Report on the nature of kala-azar
Disease focus: Kala-Azar
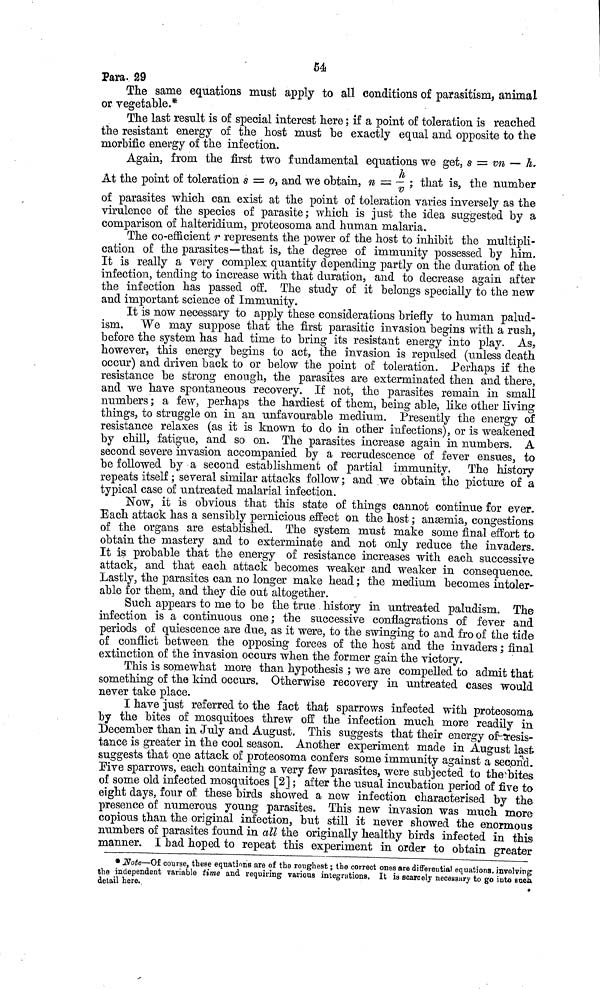
54
Para. 29
The same equations must apply to all conditions of parasitism, animal
or vegetable.*
The last result is of special interest here ; if a point of toleration is reached
the resistant energy of the host must be exactly equal and opposite to the
morbific energy of the infection.
Again, from the first two fundamental equations we get, s = vn — h.
At the point of toleration s = o, and we obtain, n = h/v ; that is, the number
of parasites which can exist at the point of toleration varies inversely as the
virulence of the species of parasite ; which is just the idea suggested by a
comparison of halteridium, proteosoma and human malaria.
The co-efficient r represents the power of the host to inhibit the multipli-
cation of the parasites—that is, the degree of immunity possessed by him.
It is really a very complex quantity depending partly on the duration of the
infection, tending to increase with that duration, and to decrease again after
the infection has passed off. The study of it belongs specially to the new
and important science of Immunity.
It is now necessary to apply these considerations briefly to human palud-
ism. We may suppose that the first parasitic invasion begins with a rush,
before the system has had time to bring its resistant energy into play. As,
however, this energy begins to act, the invasion is repulsed (unless death
occur) and driven back to or below the point of toleration. Perhaps if the
resistance be strong enough, the parasites are exterminated then and there,
and we have spontaneous recovery. If not, the parasites remain in small
numbers ; a few, perhaps the hardiest of them, being able, like other living
things, to struggle on in an unfavourable medium. Presently the energy of
resistance relaxes (as it is known to do in other infections), or is weakened
by chill, fatigue, and so on. The parasites increase again in numbers. A
second severe invasion accompanied by a recrudescence of fever ensues, to
be followed by a second establishment of partial immunity. The history
repeats itself ; several similar attacks follow ; and we obtain the picture of a
typical case of untreated malarial infection.
Now, it is obvious that this state of things cannot continue for ever.
Each attack has a sensibly pernicious effect on the host ; anæmia, congestions
of the organs are established. The system must make some final effort to
obtain the mastery and to exterminate and not only reduce the invaders.
It is probable that the energy of resistance increases with each successive
attack, and that each attack becomes weaker and weaker in consequence.
Lastly, the parasites can no longer make head ; the medium becomes intoler-
able for them, and they die out altogether.
Such appears to me to be the true history in untreated paludism. The
infection is a continuous one ; the successive conflagrations of fever and
periods of quiescence are due, as it were, to the swinging to and fro of the tide
of conflict between the opposing forces of the host and the invaders ; final
extinction of the invasion occurs when the former gain the victory.
This is somewhat more than hypothesis ; we are compelled to admit that
something of the kind occurs. Otherwise recovery in untreated cases would
never take place.
I have just referred to the fact that sparrows infected with proteosoma
by the bites of mosquitoes threw off the infection much more readily in
December than in July and August. This suggests that their energy of-tresis-
tance is greater in the cool season. Another experiment made in August last-
suggests that one attack of proteosoma confers some immunity against a second.
Five sparrows, each containing a very few parasites, were subjected to the bites
of some old infected mosquitoes [2] ; after the usual incubation period of five to
eight days, four of these birds showed a new infection characterised by the
presence of numerous young parasites. This new invasion was much more
copious than the original infection, but still it never showed the enormous
numbers of parasites found in all the originally healthy birds infected in this
manner. I bad hoped to repeat this experiment in order to obtain greater
* Note—Of course, these equations are of the roughest ; the correct ones are differential equations, involving
the independent variable time and requiring various integrations. It is scarcely necessary to go into such
detail here.
*